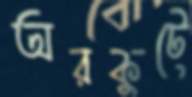
অরকুটে